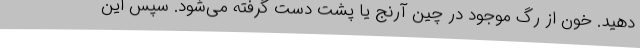
دهید. خون از رگ موجود در چین آرنج یا پشت دست گرفته می‌شود. سپس این